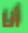
أنا